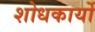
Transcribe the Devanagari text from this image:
शोधकार्यो